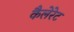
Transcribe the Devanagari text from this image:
कैलेरेट